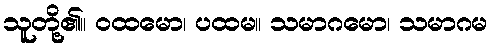
သူတို့၏။ ဝထမော၊ ပထမ။ သမာဂမော၊ သမာဂမ